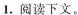
1.阅读下文。